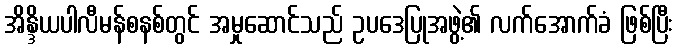
အိန္ဒိယပါလီမန်စနစ်တွင် အမှုဆောင်သည် ဥပဒေပြုအဖွဲ့၏ လက်အောက်ခံ ဖြစ်ပြီး